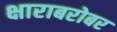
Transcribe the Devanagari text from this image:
क्षाराबरोबर